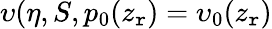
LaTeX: \upsilon(\eta,S,p_{0}(z_{\mathtt{r}})=\upsilon_{0}(z_{\mathtt{r}})